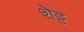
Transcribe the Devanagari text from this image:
शेट्ट